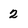
Character: 2